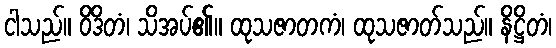
ငါသည်။ ဝိဒိတံ၊ သိအပ်၏။ ထုသဇာတကံ၊ ထုသဇာတ်သည်။ နိဋ္ဌိတံ၊